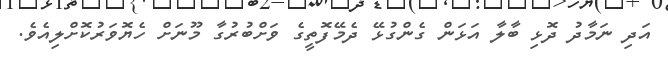
އަދި ނަމާދު ދޮޅި ބާލާ އަޅަން ގެންގުޅޭ ދެމޭފޮތީގެ ވަށްބުރުގާ މޫނަށް ހެޔޮވަރުކޮށްލިއެވެ.